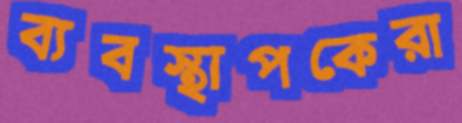
ব্যবস্থাপকেরা